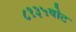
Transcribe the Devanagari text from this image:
८१३५वोट